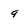
Character: 9